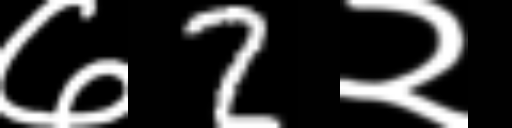
Text: ७2२